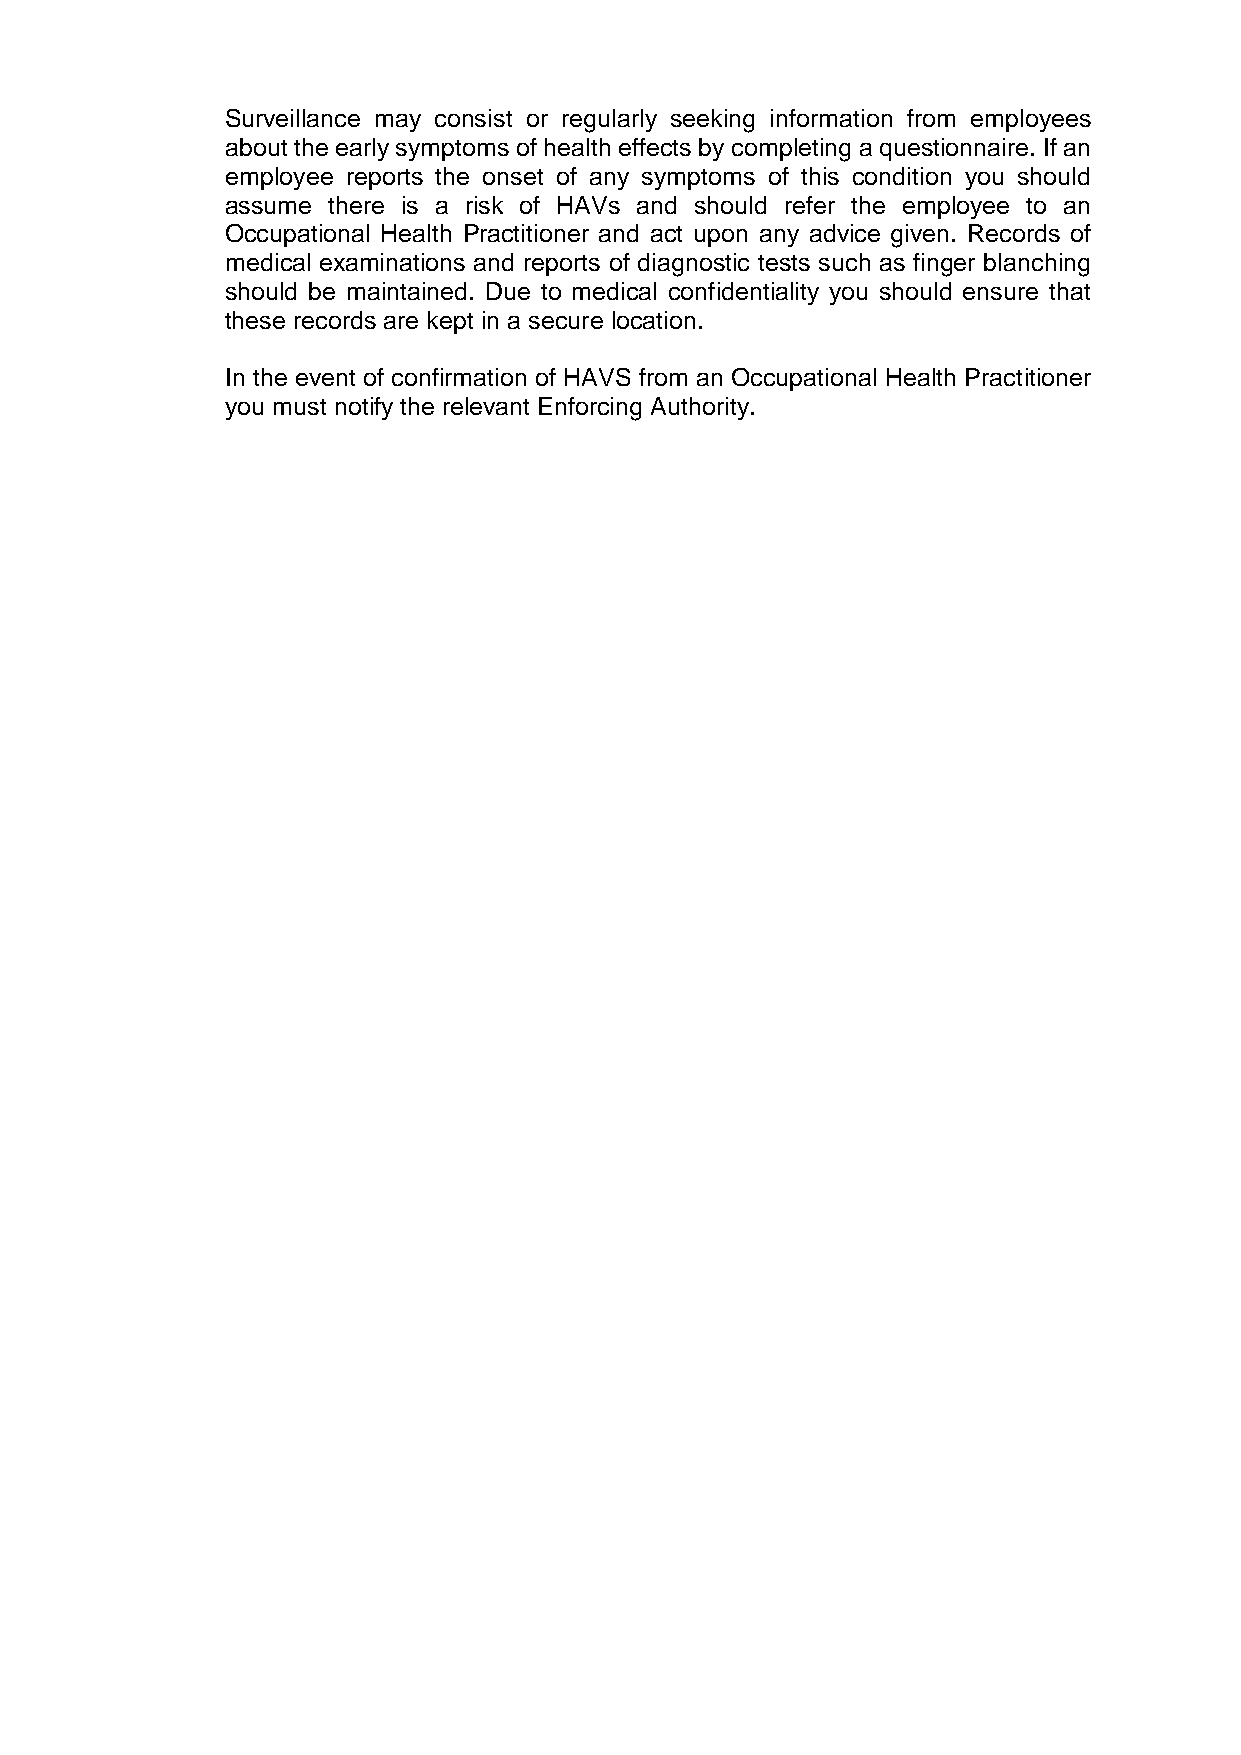
Surveillance may consist or regularly seeking information from employees
 about the early symptoms of health effects by completing a questionnaire. If an
 employee reports the onset of any symptoms of this condition you should
 assume there is a risk of HAVs and should refer the employee to an
 Occupational Health Practitioner and act upon any advice given. Records of
 medical examinations and reports of diagnostic tests such as finger blanching
 should be maintained. Due to medical confidentiality you should ensure that
 these records are kept in a secure location.
 In the event of confirmation of HAVS from an Occupational Health Practitioner
 you must notify the relevant Enforcing Authority.